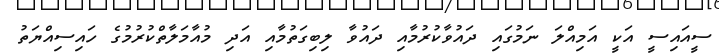
ސީއައިސީ އަކީ އަމިއްލަ ނަމުގައި ދައުވާކުރުމާއި ދައުވާ ލިބިގަތުމާއި އަދި މުއާމަލާތްކުރުމުގެ ހައިސިއްޔަތު